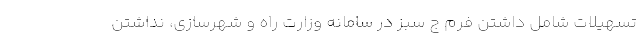
تسهیلات شامل داشتن فرم ج سبز در سامانه وزارت راه و شهرسازی، نداشتن